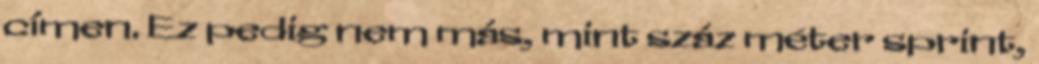
címen. Ez pedig nem más, mint száz méter sprint,